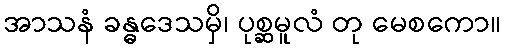
အာသနံ ခန္ဓဒေသမှိ၊ ပုစ္ဆမူလံ တု မေစကော။